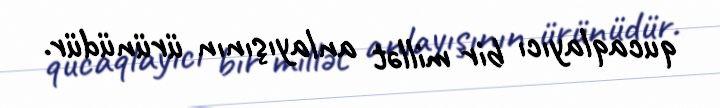
qucaqlayıcı bir millət anlayışının ürünüdür.